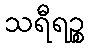
သရီရဉ္စ